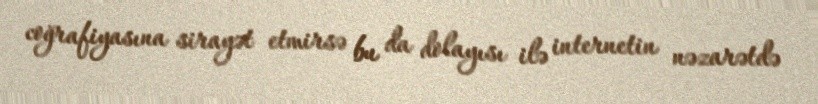
coğrafiyasına sirayət etmirsə bu da dolayısı ilə internetin nəzarətdə